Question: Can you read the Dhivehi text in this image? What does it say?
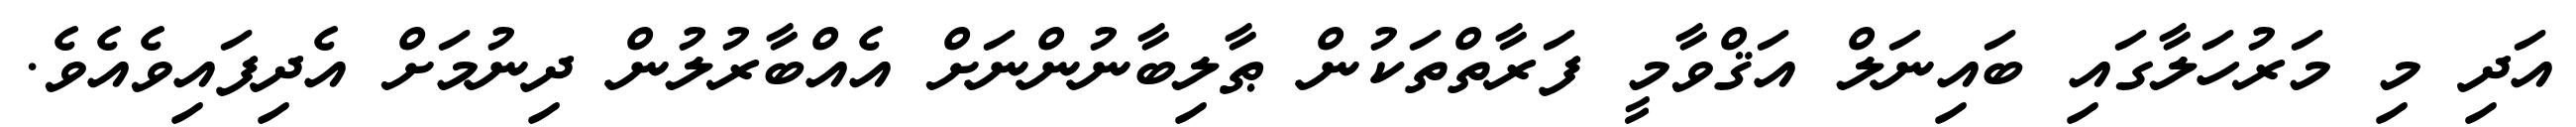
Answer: އަދި މި މަރުހަލާގައި ބައިނަލް އަޤްވާމީ ފަރާތްތަކުން ޠާލިބާނުންނަށް އެއްބާރުލުން ދިނުމަށް އެދިފައިވެއެވެ.